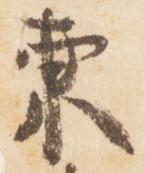
東